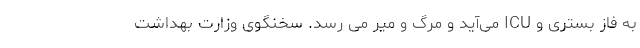
به فاز بستری و ICU می‌آید و مرگ و میر می رسد. سخنگوی وزارت بهداشت